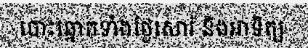
បោះឆ្នោតទាំងថ្ងៃសោរ៍ និងអាទិត្យ